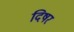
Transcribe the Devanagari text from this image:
दिषर